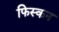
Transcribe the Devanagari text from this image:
फिस्कन